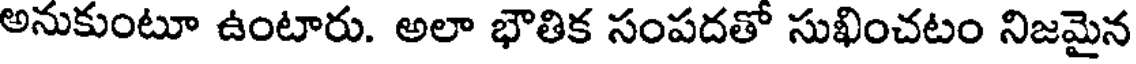
అనుకుంటూ ఉంటారు. అలా భౌతిక సంపదతో సుఖించటం నిజమైన